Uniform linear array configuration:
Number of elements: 64
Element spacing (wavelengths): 1
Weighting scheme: uniform
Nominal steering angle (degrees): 60
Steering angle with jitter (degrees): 59.469
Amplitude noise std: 0.05
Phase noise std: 0.05

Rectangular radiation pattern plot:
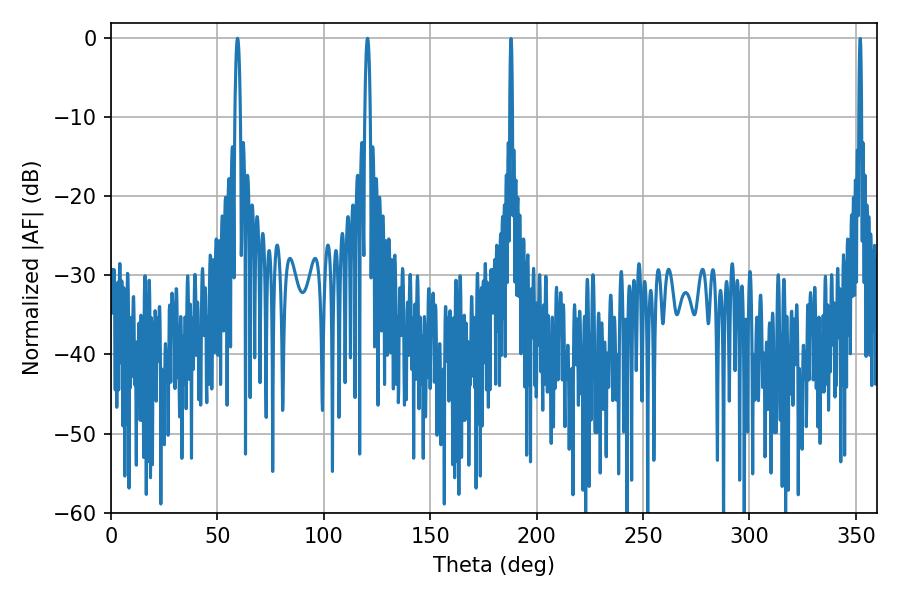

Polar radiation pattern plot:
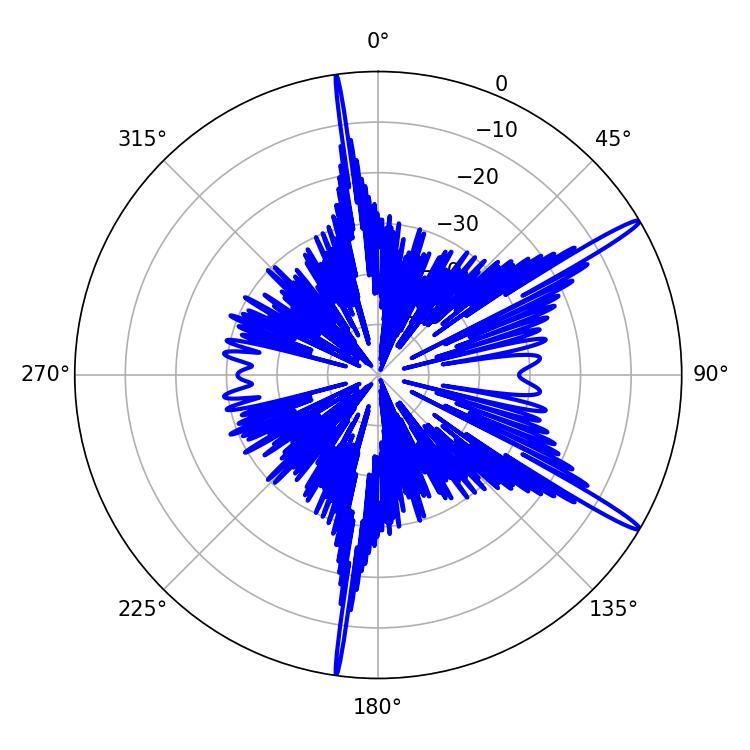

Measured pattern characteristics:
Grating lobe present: TRUE
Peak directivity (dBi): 16.155
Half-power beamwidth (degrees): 1.26
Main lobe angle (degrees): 59.4